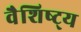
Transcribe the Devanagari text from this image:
वैशिष्ट्‍य